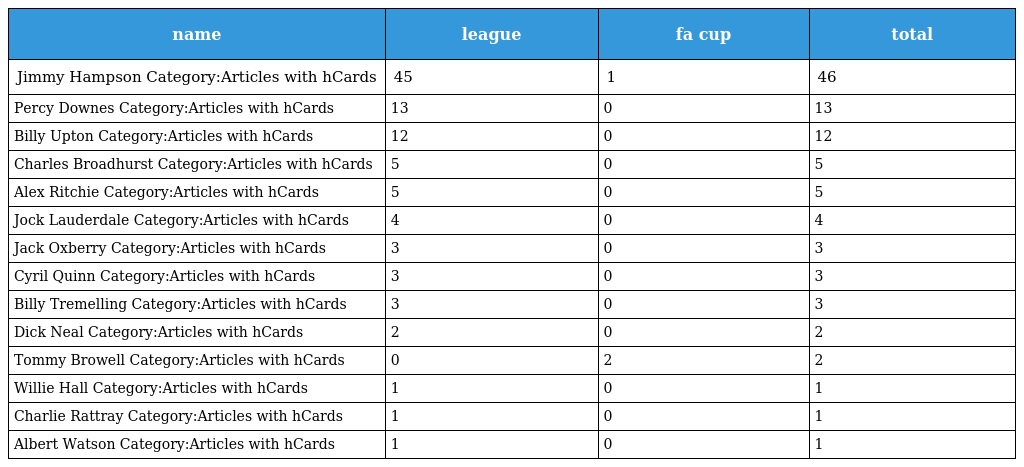
| name | league | fa cup | total |
 | --- | --- | --- | --- |
 | Jimmy Hampson Category:Articles with hCards | 45 | 1 | 46 |
 | Percy Downes Category:Articles with hCards | 13 | 0 | 13 |
 | Billy Upton Category:Articles with hCards | 12 | 0 | 12 |
 | Charles Broadhurst Category:Articles with hCards | 5 | 0 | 5 |
 | Alex Ritchie Category:Articles with hCards | 5 | 0 | 5 |
 | Jock Lauderdale Category:Articles with hCards | 4 | 0 | 4 |
 | Jack Oxberry Category:Articles with hCards | 3 | 0 | 3 |
 | Cyril Quinn Category:Articles with hCards | 3 | 0 | 3 |
 | Billy Tremelling Category:Articles with hCards | 3 | 0 | 3 |
 | Dick Neal Category:Articles with hCards | 2 | 0 | 2 |
 | Tommy Browell Category:Articles with hCards | 0 | 2 | 2 |
 | Willie Hall Category:Articles with hCards | 1 | 0 | 1 |
 | Charlie Rattray Category:Articles with hCards | 1 | 0 | 1 |
 | Albert Watson Category:Articles with hCards | 1 | 0 | 1 |